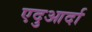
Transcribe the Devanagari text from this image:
एदुआर्दा